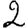
Digit: 2